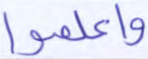
واعلموا